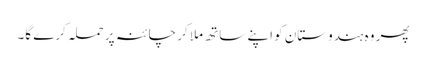
پھر وہ ہندوستان کو اپنے ساتھ ملا کر چائنہ پر حملہ کرے گا۔